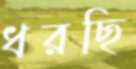
ধরছি